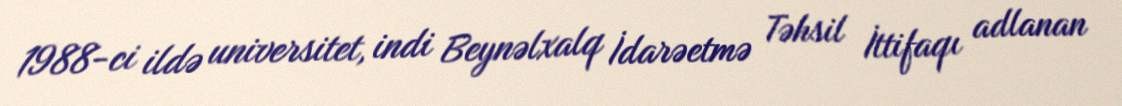
1988-ci ildə universitet, indi Beynəlxalq İdarəetmə Təhsil İttifaqı adlanan